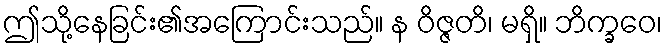
ဤသို့နေခြင်း၏အကြောင်းသည်။ န ဝိဇ္ဇတိ၊ မရှိ။ ဘိက္ခဝေ၊